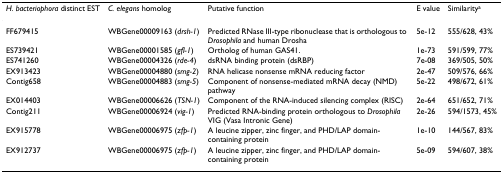
<table><thead><tr><td><b><i>H. bacteriophora </i>distinct EST</b></td><td><b><i>C. elegans </i>homolog</b></td><td><b>Putative function</b></td><td><b>E value</b></td><td><b>Similarity<sup>a</sup></b></td></tr></thead><tbody><tr><td>FF679415</td><td>WBGene00009163 (<i>drsh-1</i>)</td><td>Predicted RNase III-type ribonuclease that is orthologous to <i>Drosophila </i>and human Drosha</td><td>5e-12</td><td>555/628, 43%</td></tr><tr><td>ES739421</td><td>WBGene00001585 (<i>gfl-1</i>)</td><td>Ortholog of human GAS41.</td><td>1e-73</td><td>591/599, 77%</td></tr><tr><td>ES741260</td><td>WBGene00004326 (<i>rde-4</i>)</td><td>dsRNA binding protein (dsRBP)</td><td>7e-08</td><td>369/505, 50%</td></tr><tr><td>EX913423</td><td>WBGene00004880 (<i>smg-2</i>)</td><td>RNA helicase nonsense mRNA reducing factor</td><td>2e-47</td><td>509/576, 66%</td></tr><tr><td>Contig658</td><td>WBGene00004883 (<i>smg-5</i>)</td><td>Component of nonsense-mediated mRNA decay (NMD) pathway</td><td>5e-22</td><td>498/672, 61%</td></tr><tr><td>EX014403</td><td>WBGene00006626 (<i>TSN-1</i>)</td><td>Component of the RNA-induced silencing complex (RISC)</td><td>2e-64</td><td>651/652, 71%</td></tr><tr><td>Contig211</td><td>WBGene00006924 (<i>vig-1</i>)</td><td>Predicted RNA-binding protein orthologous to <i>Drosophila </i>VIG (Vasa Intronic Gene)</td><td>2e-26</td><td>594/1573, 45%</td></tr><tr><td>EX915778</td><td>WBGene00006975 (<i>zfp-1</i>)</td><td>A leucine zipper, zinc finger, and PHD/LAP domain-containing protein</td><td>1e-10</td><td>144/567, 83%</td></tr><tr><td>EX912737</td><td>WBGene00006975 (<i>zfp-1</i>)</td><td>A leucine zipper, zinc finger, and PHD/LAP domain-containing protein</td><td>5e-09</td><td>594/607, 38%</td></tr></tbody></table>